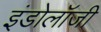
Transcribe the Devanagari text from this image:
इंडोलॉजी